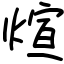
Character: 煊